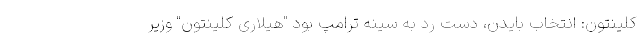
کلینتون: انتخاب بایدن، دست رد به سینه ترامپ بود "هیلاری کلینتون" وزیر